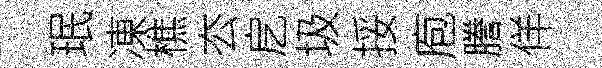
珉凍樵厺戹圾挼庖謄佯